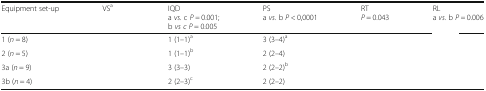
<table><thead><tr><td><b>Equipment set-up</b></td><td><b>VS<sup>a</sup></b></td><td><b>IQDa <i>vs.</i> c <i>P =</i> 0.001;b <i>vs c P</i> = 0.005</b></td><td><b>PSa <i>vs.</i> b <i>P</i> &lt; 0,0001</b></td><td><b>RT<i>P</i> = 0.043</b></td><td><b>RLa <i>vs.</i> b <i>P =</i> 0.006</b></td></tr></thead><tbody><tr><td>1 (<i>n</i> = 8)</td><td>[EMPTY_CELL]</td><td>1 (1–1)<sup>a</sup></td><td>3 (3–4)<sup>a</sup></td><td>[EMPTY_CELL]</td><td>[EMPTY_CELL]</td></tr><tr><td>2 (<i>n</i> = 5)</td><td>[EMPTY_CELL]</td><td>1 (1–1)<sup>b</sup></td><td>2 (2–4)</td><td>[EMPTY_CELL]</td><td>[EMPTY_CELL]</td></tr><tr><td>3a (<i>n</i> = 9)</td><td>[EMPTY_CELL]</td><td>3 (3–3)</td><td>2 (2–2)<sup>b</sup></td><td>[EMPTY_CELL]</td><td>[EMPTY_CELL]</td></tr><tr><td>3b (<i>n</i> = 4)</td><td>[EMPTY_CELL]</td><td>2 (2–3)<sup>c</sup></td><td>2 (2–2)</td><td>[EMPTY_CELL]</td><td>[EMPTY_CELL]</td></tr></tbody></table>